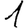
Digit: 1